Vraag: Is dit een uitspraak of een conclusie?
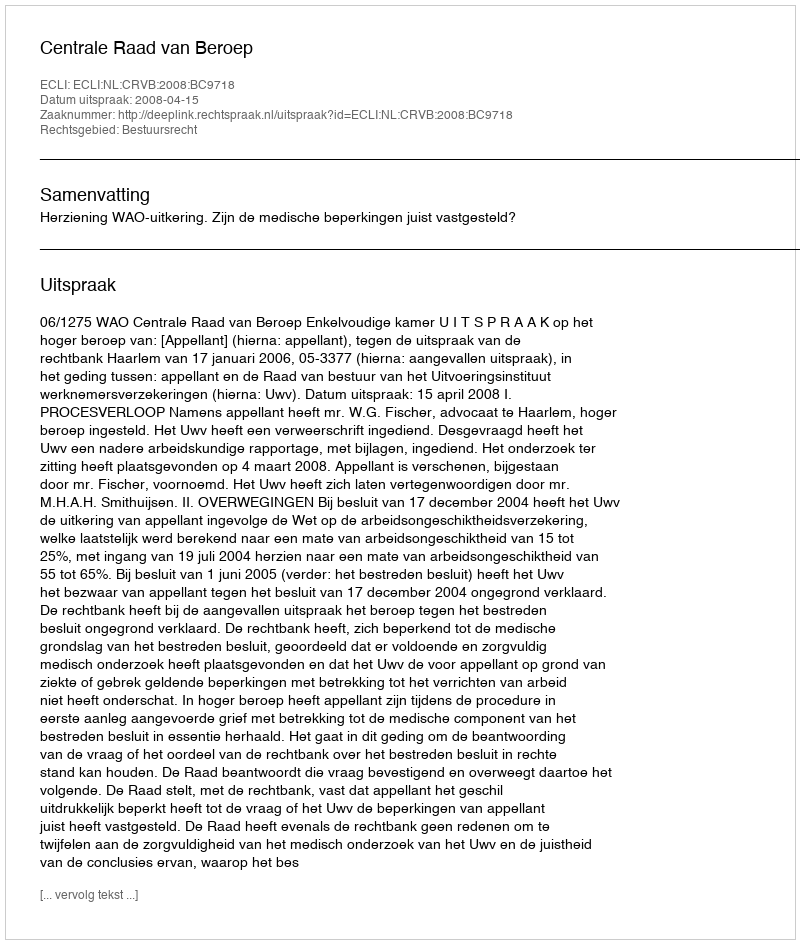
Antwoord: Uitspraak